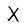
Character: X